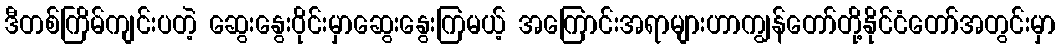
ဒီတစ်ကြိမ်ကျင်းပတဲ့ ဆွေးနွေးဝိုင်းမှာဆွေးနွေးကြမယ့် အကြောင်းအရာများဟာကျွန်တော်တို့နိုင်ငံတော်အတွင်းမှာ